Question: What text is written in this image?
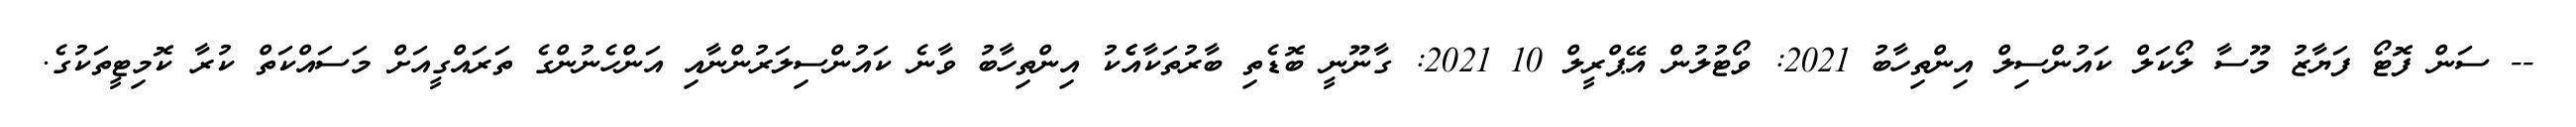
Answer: -- ސަން ފޮޓޯ ފަޔާޒު މޫސާ ލޯކަލް ކައުންސިލް އިންތިހާބު 2021: ވޯޓުލުން އޭޕްރީލް 10 2021: ގާނޫނީ ބޮޑެތި ބާރުތަކާއެެކު އިންތިހާބު ވާނެ ކައުންސިލަރުންނާއި އަންހެނުންގެ ތަރައްގީއަށް މަސައްކަތް ކުރާ ކޮމިޓީތަކުގެ.